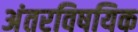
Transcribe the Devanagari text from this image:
अंतरविषयिक